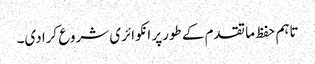
تاہم حفظ ما تقدم کے طورپر انکوائری شروع کرادی۔